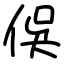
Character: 俁